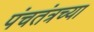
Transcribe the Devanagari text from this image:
पंचतंत्रच्या